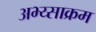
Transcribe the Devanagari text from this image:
अभ्य्साक्रम